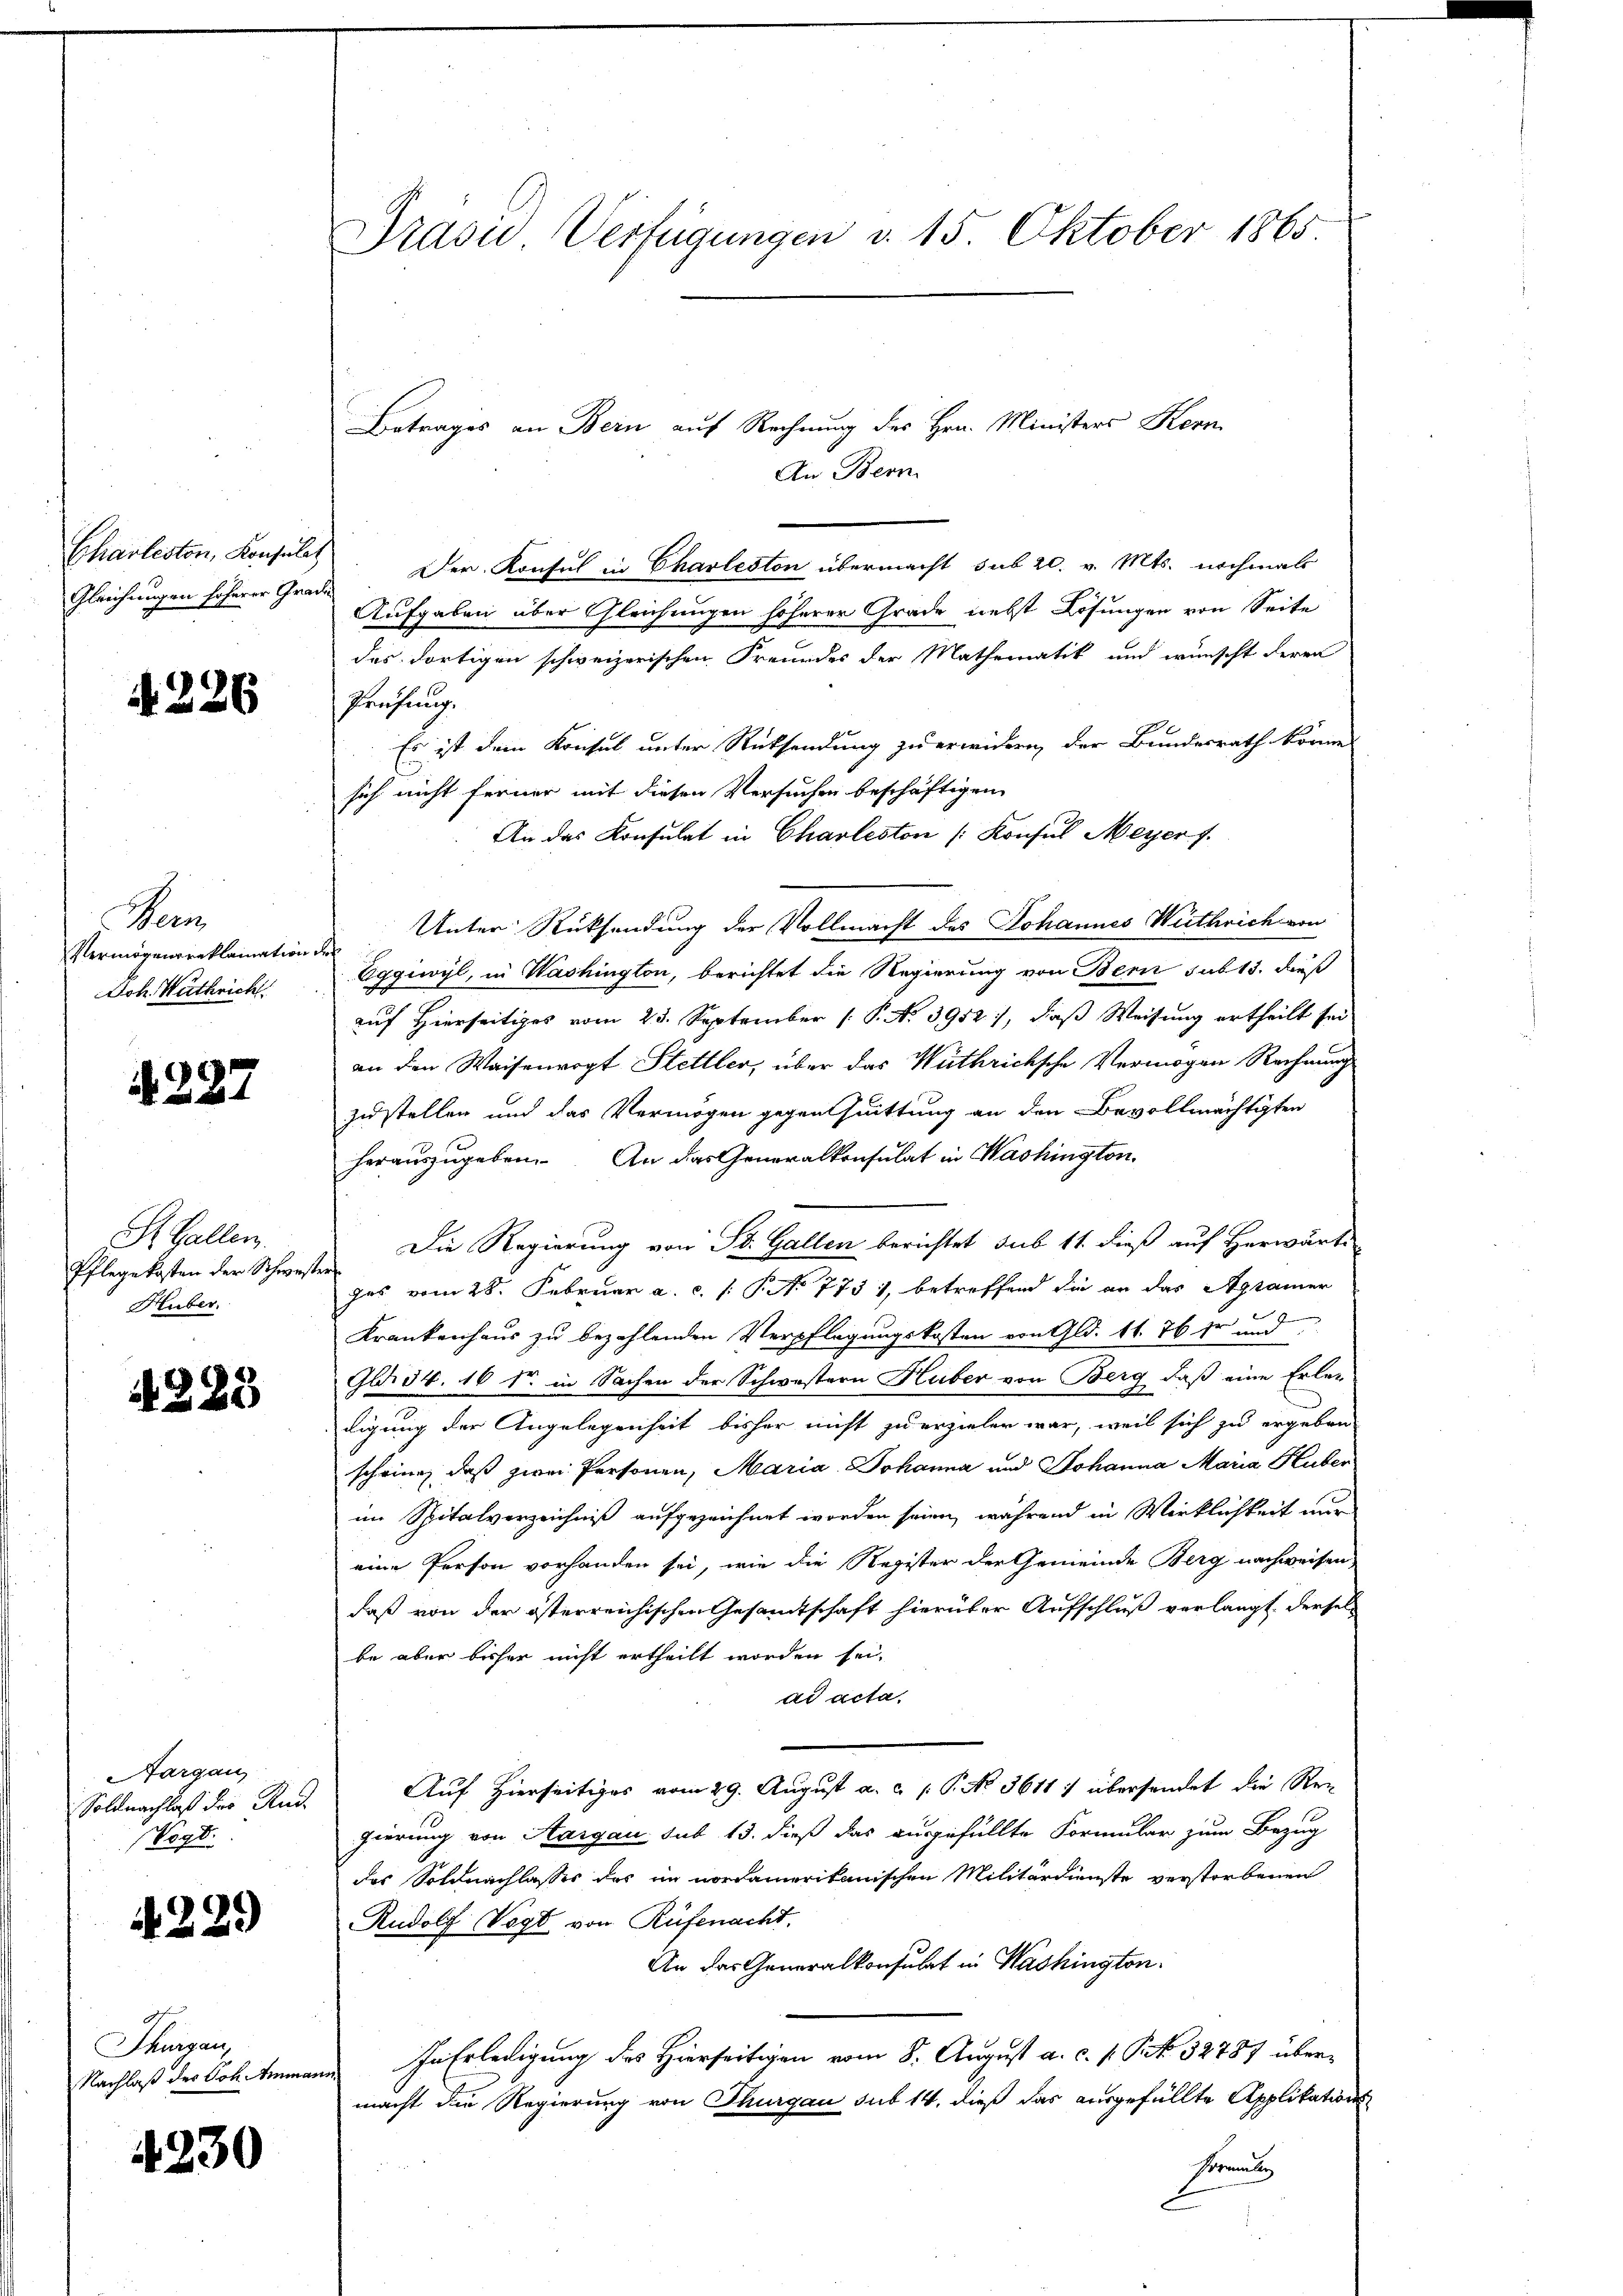
Chiarleston, Konsulat
Gleichungen höherer Gradi¬

4226

Mein
Vermögensreklamation.
Doh. Wuthrich

4287

St. Gallen.
Pflegekosten der Schweste
Huber.

4225

Aargau,
Soldnachlaß des Rud
Vogt.

4229

Thurgau,
Nachlaß des Joh. Amman¬

4230

Prasii Verfügungen d. 15. Oktober 1865

Betrages an Bern auf Rechnung des Hrn. Ministers Kenn
An Bern
Der Konsul in Charleston übermacht sub 20. v. Mts. nochmals
Aufgaben über Gleichungen höherer Grade nebst Lösungen von Seite
des dortigen schweizerischen Freundes der Mathematik und wünscht deren
Prüfung.
Es ist dem Konsul unter Rücksendung zu erwidern, der Bundesrath könne
sich nicht ferner mit diesen Versuchen beschäftigen
An das Konsulat in Charleston [Konsul Meyer f.
Unter Rücksendung der Vollmacht des Johannes Weithrich von
Eggivyl, in Washington, berichtet die Regierung von Bern sub 13. dieß
auf Hierseitiges vom 25. September P. No. 3952), daß Weisung ertheilt sei
an den Waisenvogt Stettler, über das Wuthrichsche Vermögen Rechnung
zustellen und das Vermögen gegenthuittung an den Bevollmächtigten
herauszugeben. An das Generalkonsulat in Washington,
Die Regierung von St. Gallen berichtet sub 11. dieß auf Herwärte
Das vom 28. Februar a. c. /: P. No 7731, betreffend die er das Agramer
Krankenhaus zu bezahlenden Verpflegungskosten von Gld. 11. 76 dr und
Gli54. 16 dr. in Sachen der Schwestern Huber von Berg, daß eine Erledigung der Angelegenheit bisher nicht zu erzieler war, weil sich zu ergeben
schring, daß zwei Personen, Maria Johanna und Johanna Maria Huber
im Spitalverzeichniß aufgezeichnet worden seien, während in Wirklichkeit nur
eine Person vorhanden sei, wie die Register der Gemeinde Berg nachweisen
daß von der österreichischen Gesamtschaft hierüber Aufschluß verlangt, dersel
be aber bisher nicht ertheilt worden sei.
ad acta.
Auf Hierseitiges vom 29. August a. c. P. No. 3611) übersendet die Rec
gierung von Aargau sub 15. dieß das ausgefüllte Formular zum Bezug
des Soldnachlasses das im nordamerikanischen Militärdienste verstorbenen
Rudolf Vogt von Rüfenacht,
An der Generalkonsulat in Washington.
In Erledigung des Hierseitigen vom 8. August a. c. p. Pct. 52787 übermacht die Regierung von Thurgau sub 14. dieß das ausgefüllte Applikations¬
Promulg